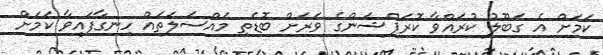
ކަމަށް އެ ގަބޫލު ކުރައްވާ ކޮރަޕްޝަންގެ ވަރަށް ބޮޑެތި މައްސަލަތައް ހިނގާފައިވާ ކަމަށް